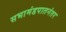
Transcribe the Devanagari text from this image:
सभामंडपातनंतर